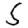
Digit: 5